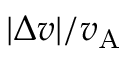
| \Delta v | / v _ { \mathrm { A } }